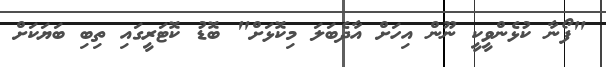
"ފޯނާ ކުޅެންވީކީ ނޫން އިހަށް އާދެބަލަ މިކޮޅަށް" ބޮޑު ކޮޓަރީގައި ތިބި ބަޔަކަށް